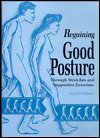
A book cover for Regaining good posture through stretches and supportive exercises; Julie Webster; Health, Fitness & Dieting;